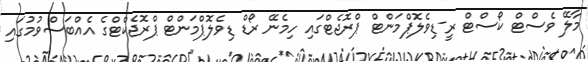
މާލޭ ވެސްޓް ކޯސްޓް ރީ-ޑިވެލޮޕްމަންޓް ޕްރޮޖެޓްގައި ހިމެނޭ ރޯޑް ޑިވެލޮޕްމަންޓް ޕްރޮޖެކްޓްގެ އެއްބަސްވުމުގައި